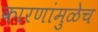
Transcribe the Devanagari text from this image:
कारणांमुळेच